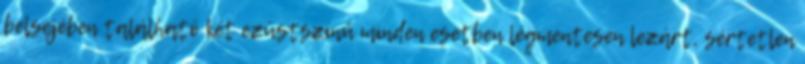
belsejében található két ezüstszínű minden esetben légmentesen lezárt, sértetlen